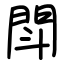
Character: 閗